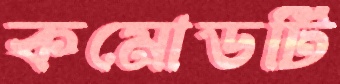
কমোডটি